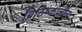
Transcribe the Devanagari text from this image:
ब्रिटिष्कालीन